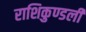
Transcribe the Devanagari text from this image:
राशिकुण्डली